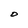
Character: D